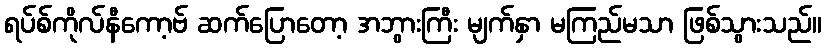
ရပ်စ်ကိုလ်နီကော့ဗ် ဆက်ပြောတော့ အဘွားကြီး မျက်နှာ မကြည်မသာ ဖြစ်သွားသည်။